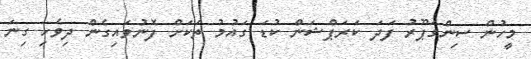
މީހުން ސިންގަޕޫރު ފަދަ ކަރަޕްޝަން ކުޑަ ގައުމު ތަކަށް ފޮނުވައިގެން ދިވެހި ގިނަ